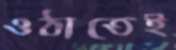
ওঠাতেই